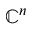
\mathbf { \mathbb { C } } ^ { n }